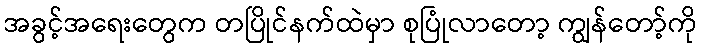
အခွင့်အရေးတွေက တပြိုင်နက်ထဲမှာ စုပြုံလာတော့ ကျွန်တော့်ကို